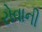
રોવાની